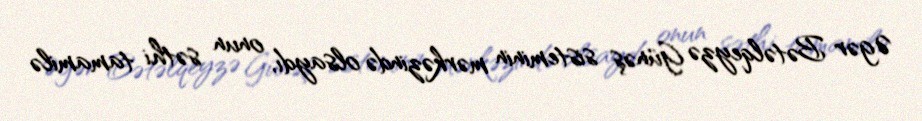
Əgər Bətəlqeyzə Günəş sisteminin mərkəzində olsaydı, onun səthi tamamilə